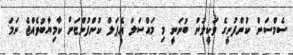
ސެމްސަން ކުންފުނީގެ ވަކީލުން ބުނަނީ މި މައްސަލަ އެޕަލް ކުންފުންޏަށް ކާމިޔާބުވެއްޖެ ނަމަ